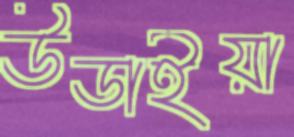
উডাইয়া